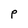
Character: P